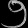
Digit: ၅